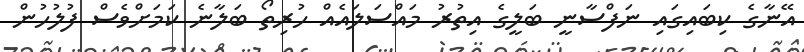
އޭނާގެ ކިބައިގައި ނަފްސާނީ ބަލީގެ އިތުރު މައްސަލައެއް ހުރިތޯ ބަލާނެ ކަމަށްވެސް ފުލުހުން